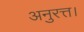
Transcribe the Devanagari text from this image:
अनुरत्त।